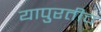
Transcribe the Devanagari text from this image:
यापुरतीच